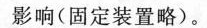
影响(固定装置略)。